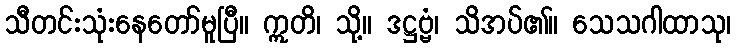
သီတင်းသုံးနေတော်မူပြီ။ ဣတိ၊ သို့။ ဒဋ္ဌဗ္ဗံ၊ သိအပ်၏။ သေသဂါထာသု၊